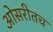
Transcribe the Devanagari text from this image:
ओसरीतच